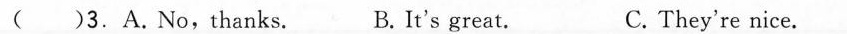
( )3.A.No, thanks. B. It's great. C.They're nice.